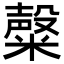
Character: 𥼆